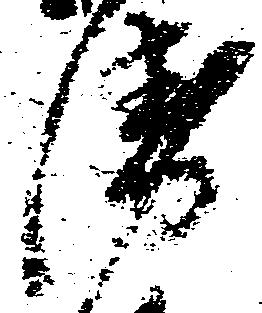
衛